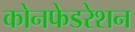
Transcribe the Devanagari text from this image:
कोनफेडरेशन